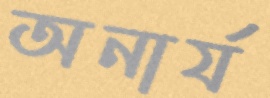
অনার্য